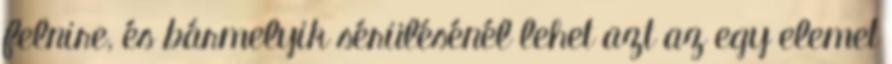
felnire, és bármelyik sérülésénél lehet azt az egy elemet